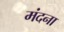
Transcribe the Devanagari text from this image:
मंदना